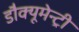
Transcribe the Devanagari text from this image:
डौक्यूमेन्ट्री